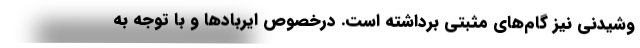
وشیدنی نیز گام‌های مثبتی برداشته است. درخصوص ایربادها و با توجه به